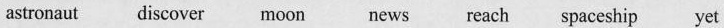
news reach spaceship yet